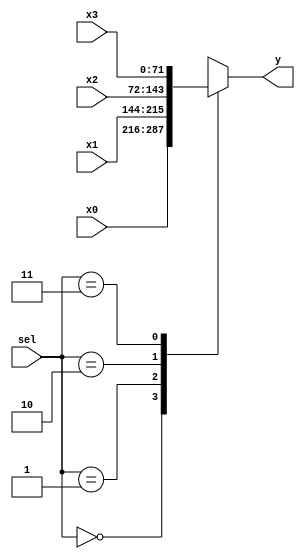
module bw_r_irf_72_4x1_mux(sel, y, x0, x1, x2, x3);
	input	[1:0]	sel;
	input	[71:0]	x0;
	input	[71:0]	x1;
	input	[71:0]	x2;
	input	[71:0]	x3;
	output	[71:0] y;
	reg	[71:0] y;
	always @(sel or x0 or x1 or x2 or x3)
		case(sel)
		  2'b00: y = x0;
		  2'b01: y = x1;
		  2'b10: y = x2;
		  2'b11: y = x3;
		endcase
endmodule